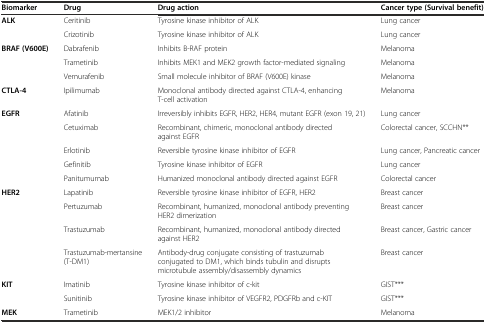
| Biomarker | Drug | Drug action | Cancer type (Survival benefit) |
 | --- | --- | --- | --- |
 | ALK | Ceritinib | Tyrosine kinase inhibitor of ALK | Lung cancer |
 |  | Crizotinib | Tyrosine kinase inhibitor of ALK | Lung cancer |
 | BRAF (V600E) | Dabrafenib | Inhibits B-RAF protein | Melanoma |
 |  | Trametinib | Inhibits MEK1 and MEK2 growth factor-mediated signaling | Melanoma |
 |  | Vemurafenib | Small molecule inhibitor of BRAF (V600E) kinase | Melanoma |
 | CTLA-4 | Ipilimumab | Monoclonal antibody directed against CTLA-4, enhancing T-cell activation | Melanoma |
 | EGFR | Afatinib | Irreversibly inhibits EGFR, HER2, HER4, mutant EGFR (exon 19, 21) | Lung cancer |
 |  | Cetuximab | Recombinant, chimeric, monoclonal antibody directed against EGFR | Colorectal cancer, SCCHN** |
 |  | Erlotinib | Reversible tyrosine kinase inhibitor of EGFR | Lung cancer, Pancreatic cancer |
 |  | Gefinitib | Tyrosine kinase inhibitor of EGFR | Lung cancer |
 |  | Panitumumab | Humanized monoclonal antibody directed against EGFR | Colorectal cancer |
 | HER2 | Lapatinib | Reversible tyrosine kinase inhibitor of EGFR, HER2 | Breast cancer |
 |  | Pertuzumab | Recombinant, humanized, monoclonal antibody preventing HER2 dimerization | Breast cancer |
 |  | Trastuzumab | Recombinant, humanized, monoclonal antibody directed against HER2 | Breast cancer, Gastric cancer |
 |  | Trastuzumab-mertansine (T-DM1) | Antibody-drug conjugate consisting of trastuzumab conjugated to DM1, which binds tubulin and disrupts microtubule assembly/disassembly dynamics | Breast cancer |
 | KIT | Imatinib | Tyrosine kinase inhibitor of c-kit | GIST*** |
 |  | Sunitinib | Tyrosine kinase inhibitor of VEGFR2, PDGFRb and c-KIT | GIST*** |
 | MEK | Trametinib | MEK1/2 inhibitor | Melanoma |